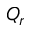
Q _ { r }